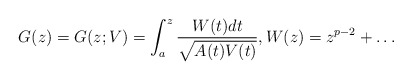
\begin{align*} G(z) = G(z; V) = \int_a^z \frac{W(t) dt}{\sqrt{A(t)V(t)}}, W(z) = z^{p-2} +\dots\end{align*}